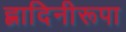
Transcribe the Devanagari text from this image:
ह्लादिनीरूपा